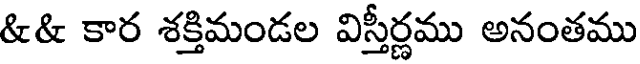
&& కార శక్తిమండల విస్తీర్ణము అనంతము